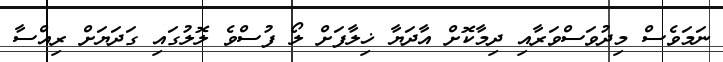
ނަމަވެސް މިދުވަސްވަރާއި ދިމާކޮށް އާދަޔާ ޚިލާފަށް ލޯ ފުސްވެ ލޮލުގައި ގަދަޔަށް ރިއްސާ